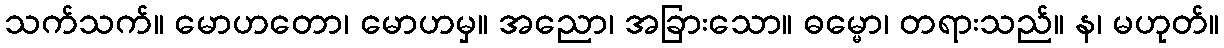
သက်သက်။ မောဟတော၊ မောဟမှ။ အညော၊ အခြားသော။ ဓမ္မော၊ တရားသည်။ န၊ မဟုတ်။